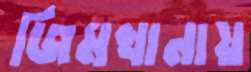
জিমখানায়